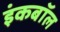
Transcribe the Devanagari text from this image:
इंकबॉल